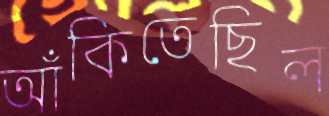
আঁকিতেছিল